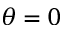
\theta = 0